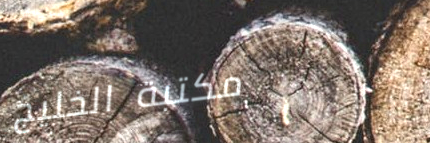
مكتبة الخليج